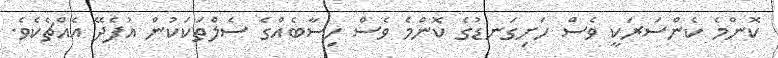
ކޮންމެ ކެންސަރަކީ ވެސް ހަށިގަނޑުގެ ކޮންމެ ވެސް ހިސާބެއްގެ ސެލްތަކަކުން އުފެދޭ އެއްޗެކެވެ.